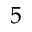
5